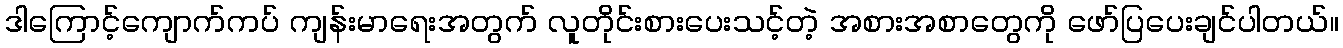
ဒါကြောင့်ကျောက်ကပ် ကျန်းမာရေးအတွက် လူတိုင်းစားပေးသင့်တဲ့ အစားအစာတွေကို ဖော်ပြပေးချင်ပါတယ်။